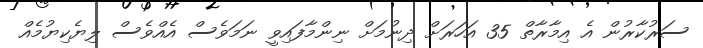
ސަރުކާރުން އެ އިމާރާތް 35 އަހަރަށް ދިނުމަށް ނިންމާފައިވީ ނަމަވެސް އެއްވެސް ލިޔެކިޔުމެއް